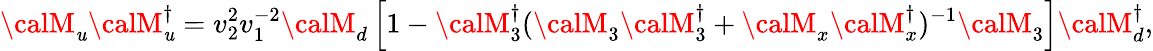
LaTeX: {\calM}_{\mathit{u}}{\calM}_{\mathit{u}}^{\dagger}=v_{2}^{2}v_{1}^{-2}{\calM}_{d}\left[1-{\calM}_{3}^{\dagger}({\calM}_{3}{\calM}_{3}^{\dagger}+{\calM}_{x}{\calM}_{x}^{\dagger})^{-1}{\calM}_{3}\right]{\calM}_{d}^{\dagger},